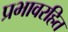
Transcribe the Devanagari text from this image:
प्रभावरहित